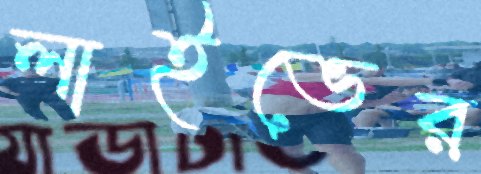
লাইভের